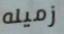
زميله